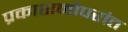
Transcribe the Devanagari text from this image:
प्रकाशनोपरांत